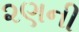
૨ણની